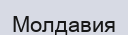
Молдавия